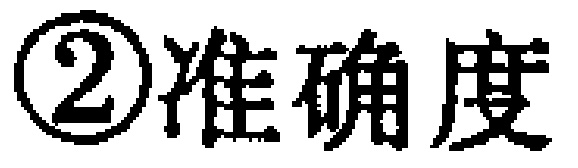
\textcircled{2}准确度